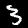
Digit: 3